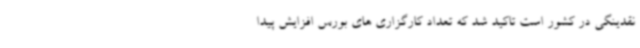
نقدینگی در کشور است تاکید شد که تعداد کارگزاری های بورس افزایش پیدا